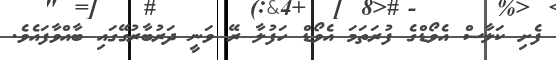
ފެށި ކަލާސް އެވޯޑްގެ ފުރަތަމަ އެވޯޑް ހަފުލާ ރޭ ވަނީ ދަރުބާރުގޭގައި ބާއްވާފައެވެ.